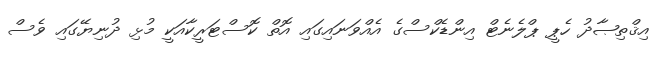
އިޤްތިޞާދު ހެޕީ ޕްލެނެޓް އިންޑެކްސްގެ އެއްވަނައިގައި އޮތް ކޮސްޓަރީކާއަކީ މުޅި ދުނިޔޭގައި ވެސް